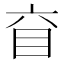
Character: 𥄈